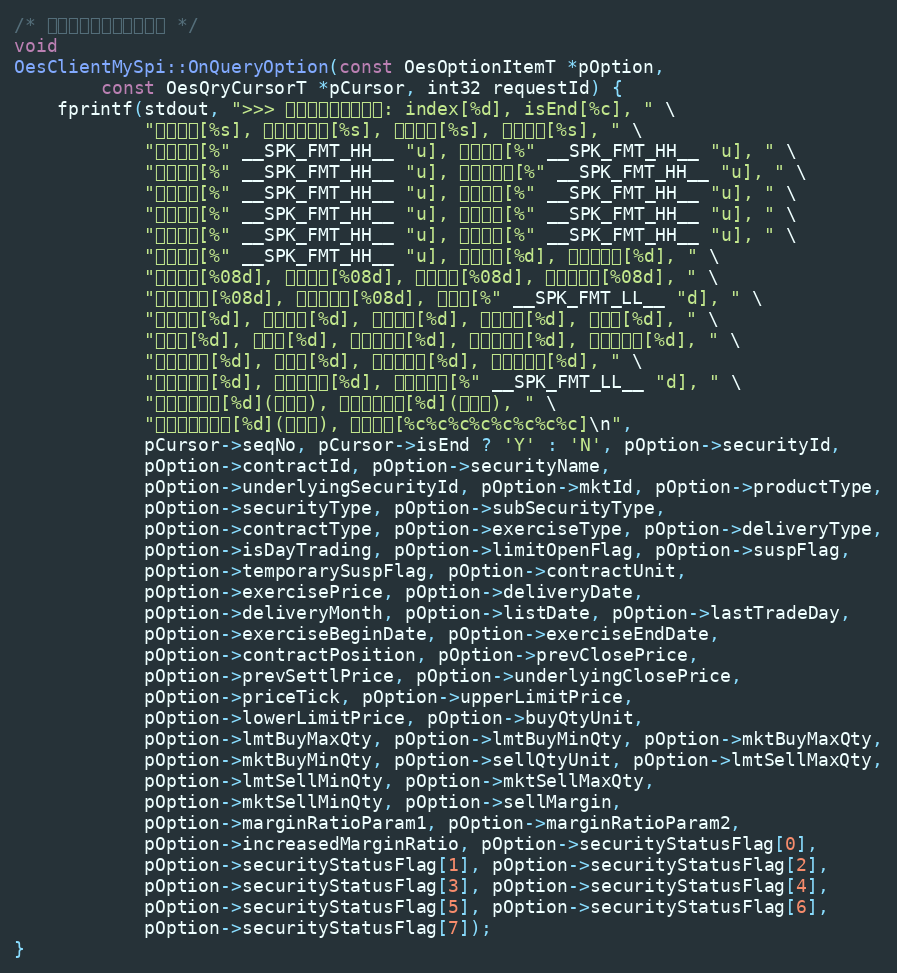
Language: C++
/* 查询到期权产品信息回调 */
void
OesClientMySpi::OnQueryOption(const OesOptionItemT *pOption,
        const OesQryCursorT *pCursor, int32 requestId) {
    fprintf(stdout, ">>> 查询到期权产品信息: index[%d], isEnd[%c], " \
            "证券代码[%s], 合约交易代码[%s], 合约名称[%s], 标的证券[%s], " \
            "市场代码[%" __SPK_FMT_HH__ "u], 产品类型[%" __SPK_FMT_HH__ "u], " \
            "证券类型[%" __SPK_FMT_HH__ "u], 证券子类型[%" __SPK_FMT_HH__ "u], " \
            "合约类型[%" __SPK_FMT_HH__ "u], 行权方式[%" __SPK_FMT_HH__ "u], " \
            "交割方式[%" __SPK_FMT_HH__ "u], 当日回转[%" __SPK_FMT_HH__ "u], " \
            "限制开仓[%" __SPK_FMT_HH__ "u], 连续停牌[%" __SPK_FMT_HH__ "u], " \
            "临时停牌[%" __SPK_FMT_HH__ "u], 合约单位[%d], 期权行权价[%d], " \
            "交割日期[%08d], 交割月份[%08d], 上市日期[%08d], 最后交易日[%08d], " \
            "行权起始日[%08d], 行权结束日[%08d], 持仓量[%" __SPK_FMT_LL__ "d], " \
            "前收盘价[%d], 前结算价[%d], 标的前收[%d], 报价单位[%d], 涨停价[%d], " \
            "跌停价[%d], 买单位[%d], 限价买上限[%d], 限价买下限[%d], 市价买上限[%d], " \
            "市价买下限[%d], 卖单位[%d], 限价卖上限[%d], 限价卖下限[%d], " \
            "市价卖上限[%d], 市价卖下限[%d], 卖开保证金[%" __SPK_FMT_LL__ "d], " \
            "保证金参数一[%d](万分比), 保证金参数二[%d](万分比), " \
            "保证金上浮比例[%d](万分比), 合约状态[%c%c%c%c%c%c%c%c]\n",
            pCursor->seqNo, pCursor->isEnd ? 'Y' : 'N', pOption->securityId,
            pOption->contractId, pOption->securityName,
            pOption->underlyingSecurityId, pOption->mktId, pOption->productType,
            pOption->securityType, pOption->subSecurityType,
            pOption->contractType, pOption->exerciseType, pOption->deliveryType,
            pOption->isDayTrading, pOption->limitOpenFlag, pOption->suspFlag,
            pOption->temporarySuspFlag, pOption->contractUnit,
            pOption->exercisePrice, pOption->deliveryDate,
            pOption->deliveryMonth, pOption->listDate, pOption->lastTradeDay,
            pOption->exerciseBeginDate, pOption->exerciseEndDate,
            pOption->contractPosition, pOption->prevClosePrice,
            pOption->prevSettlPrice, pOption->underlyingClosePrice,
            pOption->priceTick, pOption->upperLimitPrice,
            pOption->lowerLimitPrice, pOption->buyQtyUnit,
            pOption->lmtBuyMaxQty, pOption->lmtBuyMinQty, pOption->mktBuyMaxQty,
            pOption->mktBuyMinQty, pOption->sellQtyUnit, pOption->lmtSellMaxQty,
            pOption->lmtSellMinQty, pOption->mktSellMaxQty,
            pOption->mktSellMinQty, pOption->sellMargin,
            pOption->marginRatioParam1, pOption->marginRatioParam2,
            pOption->increasedMarginRatio, pOption->securityStatusFlag[0],
            pOption->securityStatusFlag[1], pOption->securityStatusFlag[2],
            pOption->securityStatusFlag[3], pOption->securityStatusFlag[4],
            pOption->securityStatusFlag[5], pOption->securityStatusFlag[6],
            pOption->securityStatusFlag[7]);
}